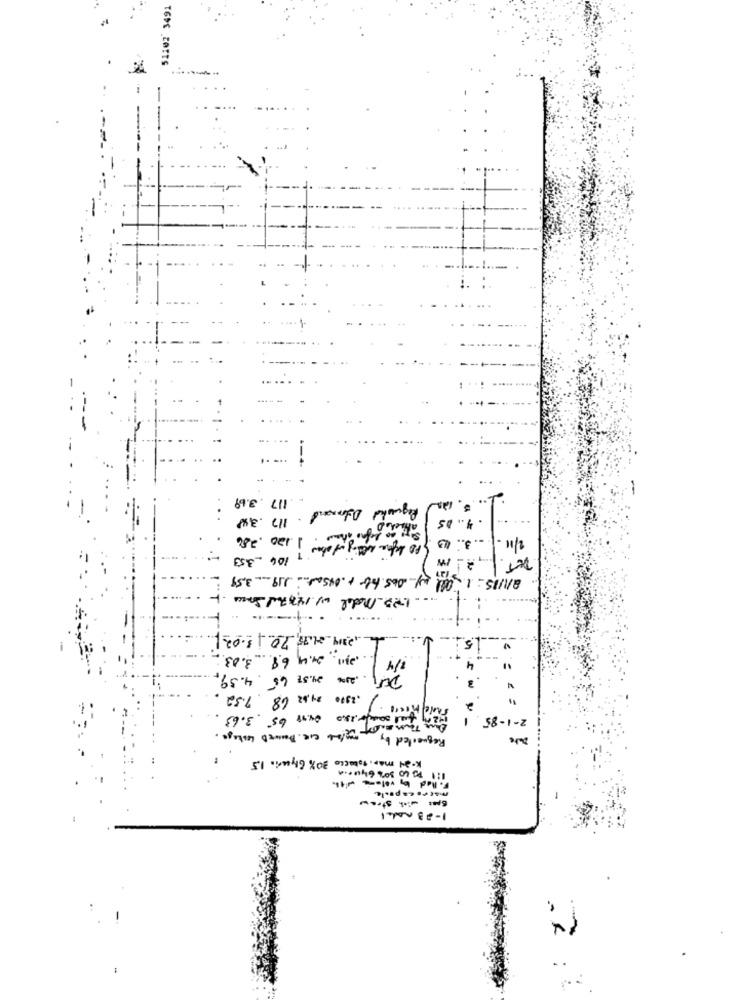
51102 3491
-4-
.117 3.69
Requested Doland
5. 12
117 .348
4 .. 05
PD ligne alig ator 1.120. 200
.. 3: 13.
2/11
-353
106
DET.
anis: 1 all my 065 tobe + ofsat 119 3,59
-1723 Model w/ 147700 Soccer
=
2314 24.75, 70 1 3.02
2311 24.4 6.8 3.03
1/4
DET .. . . 20 24.38 65 4.59
.2990 24,62 68 7.32
BRAKFall Somer,18.0 04.18 65' 3.63
2-1-85 1
Requested by mg/06 cie. Based lestage.
K-34 map, tabacco 30% Glycerin 15
·led by volume with
macro capo.le
1-23 nadel